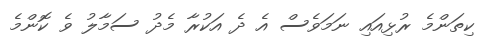
ކިތަންމެ ރުޅިއައި ނަމަވެސް އެ ދެ އަކުރާ މެދު ސަމާލު ވެ ކޮންމެ